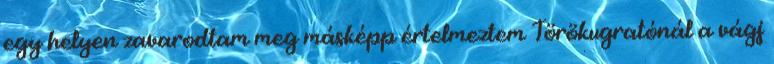
egy helyen zavarodtam meg másképp értelmeztem Törökugratónál a vágj